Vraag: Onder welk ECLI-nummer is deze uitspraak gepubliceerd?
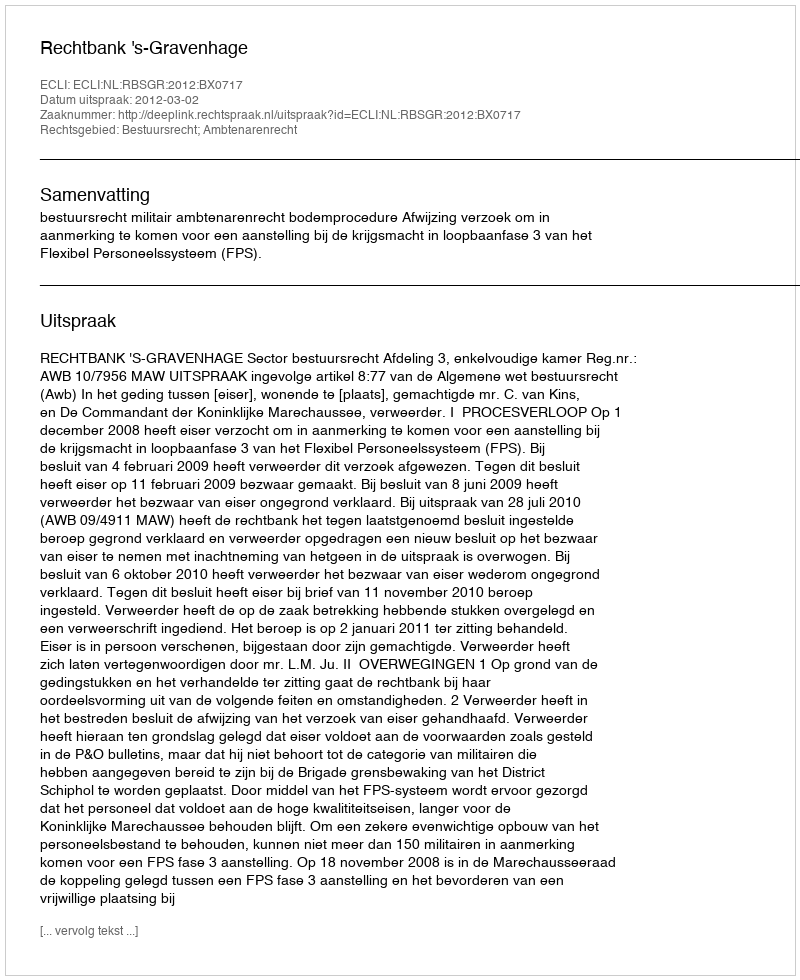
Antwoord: ECLI:NL:RBSGR:2012:BX0717